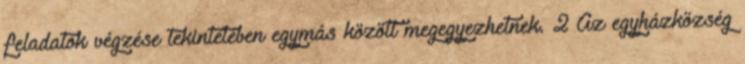
feladatok végzése tekintetében egymás között megegyezhetnek. 2 Az egyházközség